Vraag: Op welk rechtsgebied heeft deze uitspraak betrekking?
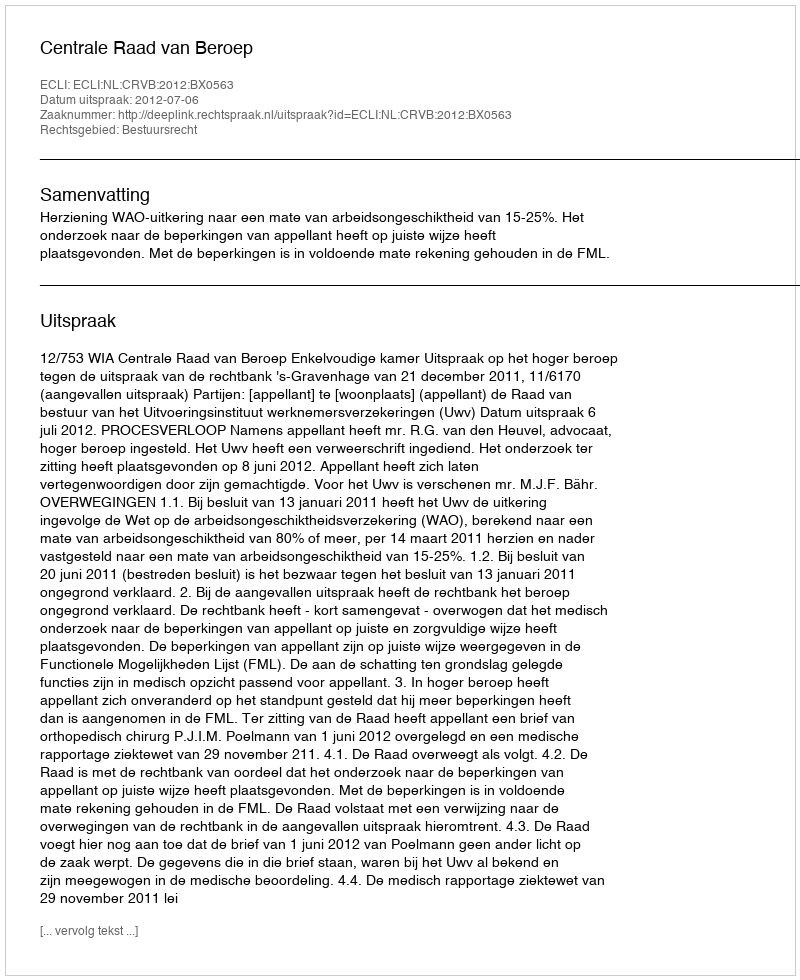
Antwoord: Bestuursrecht